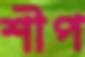
শীপ